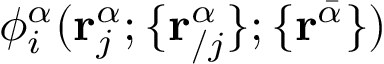
\phi _ { i } ^ { \alpha } ( \mathbf { r } _ { j } ^ { \alpha } ; \{ \mathbf { r } _ { / j } ^ { \alpha } \} ; \{ \mathbf { r } ^ { \bar { \alpha } } \} )